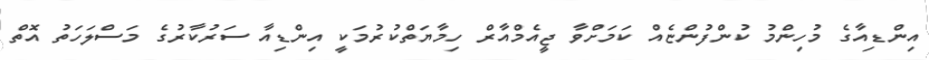
އިންޑިއާގެ މުހިންމު ކުންފުންޏެއް ކަމަށްވާ ޖީއެމްއާރް ހިމާޔަތްކުރުމަކީ އިންޑިއާ ސަރުކާރުގެ މަސްލަހަތު އޮތް